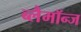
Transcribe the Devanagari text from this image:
ब्लैमॉन्ज